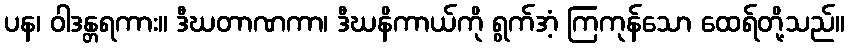
ပန၊ ဝါဒန္တရကား။ ဒီဃတာဏကာ၊ ဒီဃနိကာယ်ကို ရွက်အံ့ ကြကုန်သော ထေရ်တို့သည်။